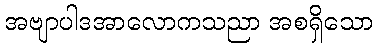
အဗျာပါဒအာလောကသညာ အစရှိသော